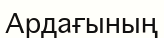
Ардағының